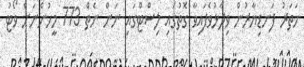
ހަތަރު ފަނޑިޔާރުން ވިދާޅުވެފައިވާ ގޮތުގައި ލިސްޓްގައި ނަން ނެތް 773 މީހުންނަށް ވޯޓު